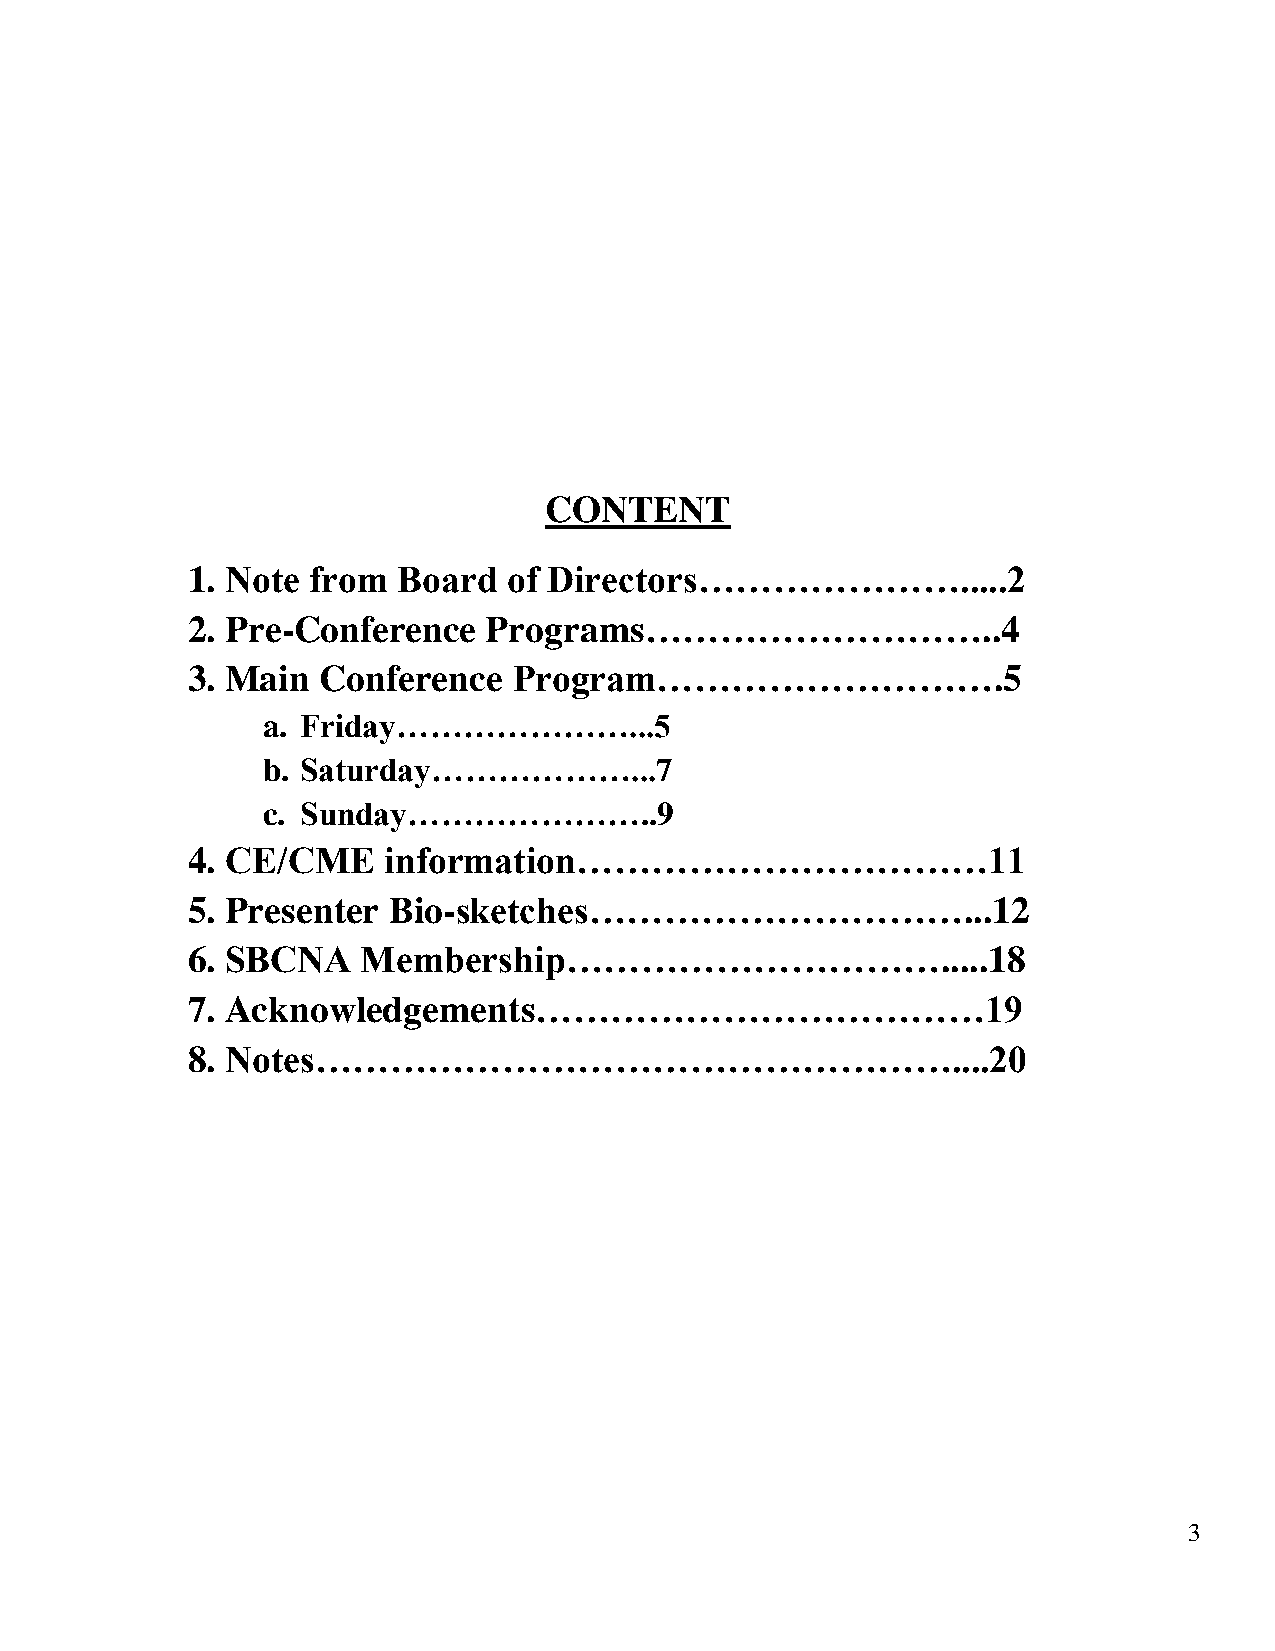
CONTENT
 1. Note from  Board   of Directors………………….....2
 2. Pre-Conference   Programs………………………..4
 3. Main  Conference   Program……………………….5
 a. Friday…………………...5
 b. Saturday………………...7
 c. Sunday…………………..9
 4. CE/CME    information……………………………11
 5. Presenter  Bio-sketches…………………………...12
 6. SBCNA    Membership………………………….....18
 7. Acknowledgements………………………………19
 8. Notes……………………………………………....20
 3